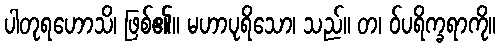
ပါတုရဟောသိ၊ ဖြစ်၏။ မဟာပုရိသော၊ သည်။ တ၊ ဝ်ပရိက္ခရာကို။